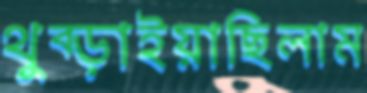
থুব্‌ড়াইয়াছিলাম